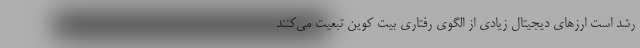
رشد است ارزهای دیجیتال زیادی از الگوی رفتاری بیت کوین تبعیت می‌کنند